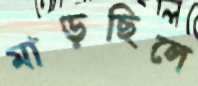
মাড়ছিলে